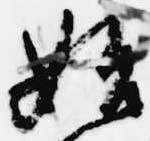
始